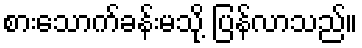
စားသောက်ခန်းမသို့ ပြန်လာသည်။